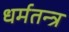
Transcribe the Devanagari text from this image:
धर्मतन्त्र